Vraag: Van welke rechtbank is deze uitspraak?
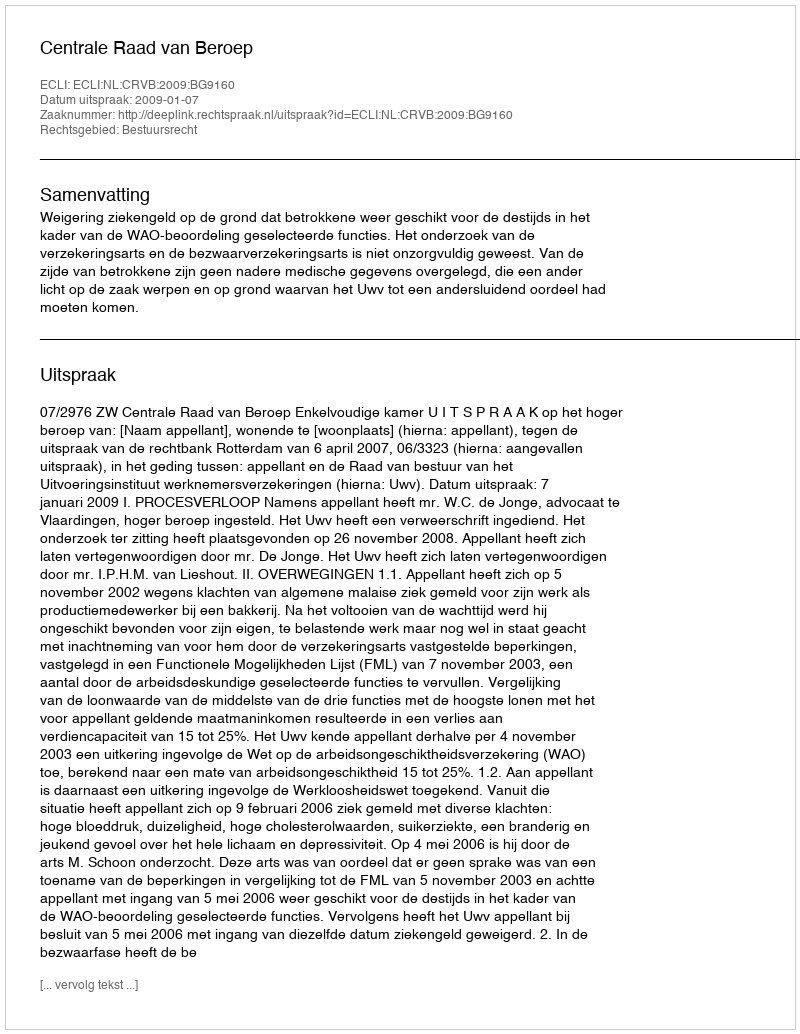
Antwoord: Centrale Raad van Beroep